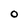
Character: 0